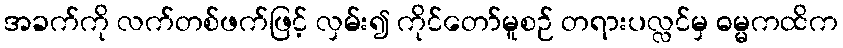
အခက်ကို လက်တစ်ဖက်ဖြင့် လှမ်း၍ ကိုင်တော်မူစဉ် တရားပလ္လင်မှ ဓမ္မကထိက